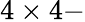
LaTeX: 4\times 4-